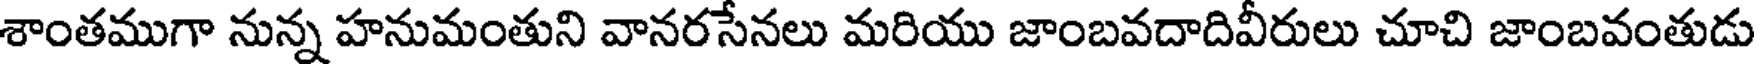
శాంతముగా నున్న హనుమంతుని వానరసేనలు మరియు జాంబవదాదివీరులు చూచి జాంబవంతుడు